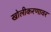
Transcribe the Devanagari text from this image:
खोलीकरणावर